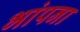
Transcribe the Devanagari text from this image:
भांपना